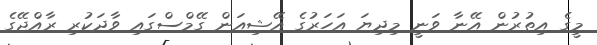
މީގެ އިތުރުން އޭނާ ވަނީ މިދިޔަ އަހަރުގެ އޭޝިއަން ގޭމްސްގައި ވާދަކުރި ރާއްޖޭގެ